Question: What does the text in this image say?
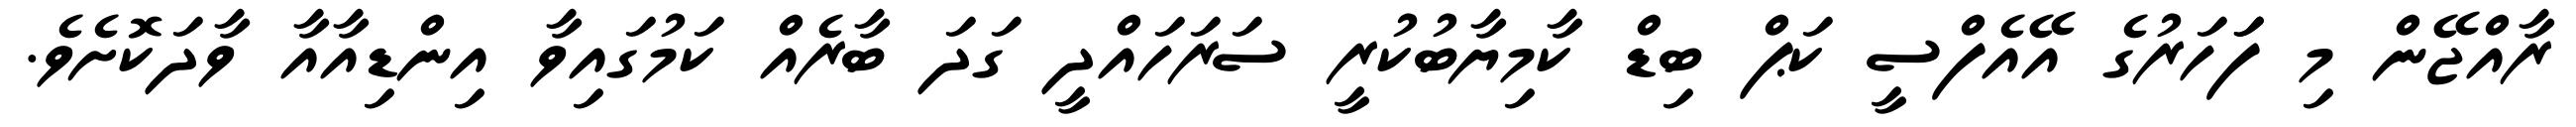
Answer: ރާއްޖޭން މި ފަަހަރުގެ އޭއެފްސީ ކަޕް ބިޑް ކާމިޔާބުކުރީ ސަރަހައްދީ ގަދަ ބާރެއް ކަމުގައިވާ އިންޑިއާއާ ވާދަކޮށެވެ.